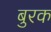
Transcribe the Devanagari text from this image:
बुरक